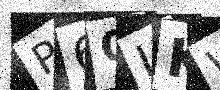
Text: P6QIKW